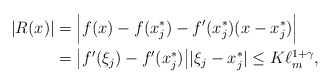
\begin{align*} |R(x)|&=\Big|f(x)-f(x_{j}^*)-f'(x_{j}^*)(x-x_{j}^*)\Big|\\ &=\big|f'(\xi_j)-f'(x_{j}^*)\big||\xi_j-x_{j}^*|\leq K\ell_m^{1+\gamma}, \end{align*}